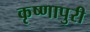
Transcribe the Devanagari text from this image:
कृष्णापुरी